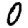
Digit: 0